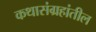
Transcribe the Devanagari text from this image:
कथासंग्रहांतील